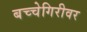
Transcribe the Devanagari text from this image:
बच्चेगिरीवर